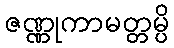
ဇဏ္ဏုကာမတ္တမ္ပိ